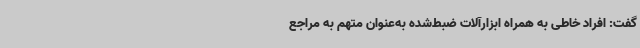
گفت: افراد خاطی به همراه ابزارآلات ضبط‌شده به‌عنوان متهم به مراجع